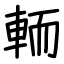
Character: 輀